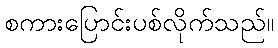
စကားပြောင်းပစ်လိုက်သည်။